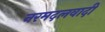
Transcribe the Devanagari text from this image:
नरमदलवादी